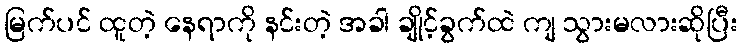
မြက်ပင် ထူတဲ့ နေရာကို နင်းတဲ့ အခါ ချိုင့်ခွက်ထဲ ကျ သွားမလားဆိုပြီး